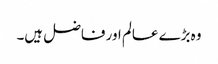
وہ بڑے عالم اور فاضل ہیں۔